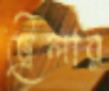
ট্রেলার